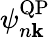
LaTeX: \psi_{n\mathbf{k}}^{\mathrm{QP}}